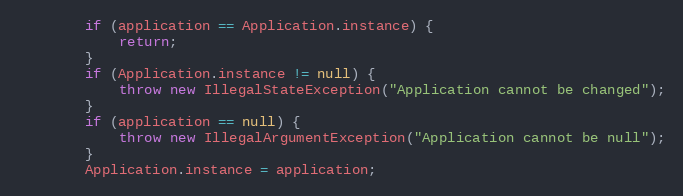
Language: Java
		if (application == Application.instance) {
			return;
		}
		if (Application.instance != null) {
			throw new IllegalStateException("Application cannot be changed");
		}
		if (application == null) {
			throw new IllegalArgumentException("Application cannot be null");
		}
		Application.instance = application;